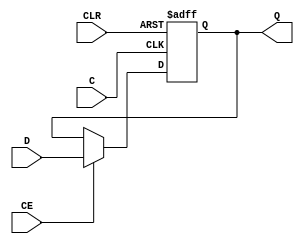
///////////////////////////////////////////////////////////////////////////////
// Copyright (c) 1995/2015 Xilinx, Inc.
// All Right Reserved.
///////////////////////////////////////////////////////////////////////////////
//   ____  ____
//  /   /\/   /
// /___/  \  /    Vendor : Xilinx
// \   \   \/     Version : 2015.4
//  \   \         Description : Xilinx Formal Library Component
//  /   /                  D-FLIP-FLOP with async clear and clock enable
// /___/   /\     Filename : FDCE.v
// \   \  /  \
//  \___\/\___\
//
///////////////////////////////////////////////////////////////////////////////
// Revision:
//    04/01/08 - Initial version.
//    08/30/13 - PR683925 - add invertible pin support.
//    10/30/14 - Added missing parameters (CR 830410).
// End Revision
///////////////////////////////////////////////////////////////////////////////

`timescale  1 ps / 1 ps

`celldefine

module FDCE (Q, C, CE, CLR, D);

    parameter [0:0] IS_CLR_INVERTED = 1'b0;
    parameter [0:0] IS_C_INVERTED = 1'b0;
    parameter [0:0] IS_D_INVERTED = 1'b0;
    parameter [0:0] INIT = 1'b0;

`ifdef XIL_TIMING //Simprim
   parameter LOC = "UNPLACED";
   parameter MSGON = "TRUE";
   parameter XON = "TRUE";
`endif

    output Q;
    reg    Q = INIT;

    input  C, CE, CLR, D;

    wire CLR_in, C_in, D_in;

    assign CLR_in = CLR ^ IS_CLR_INVERTED;
    assign C_in = C ^ IS_C_INVERTED;
    assign D_in = D ^ IS_D_INVERTED;


  always @(posedge CLR_in or posedge C_in)
      if (CLR_in)
    Q <= 0;
      else if (CE)
    Q <= D_in;

endmodule

`endcelldefine